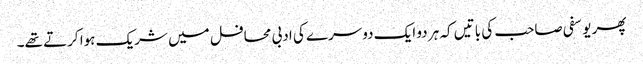
پھر یوسفی صاحب کی باتیں کہ ہر دو ایک دوسرے کی ادبی محافل میں شریک ہوا کرتے تھے۔